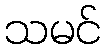
သမင်